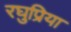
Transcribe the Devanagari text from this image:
रघुप्रिया